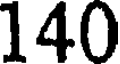
140